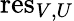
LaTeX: {\mathrm{res}}_{V,U}